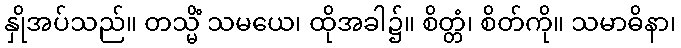
နှိုအပ်သည်။ တသ္မိံ သမယေ၊ ထိုအခါ၌။ စိတ္တံ၊ စိတ်ကို။ သမာဓိနာ၊